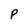
Character: P